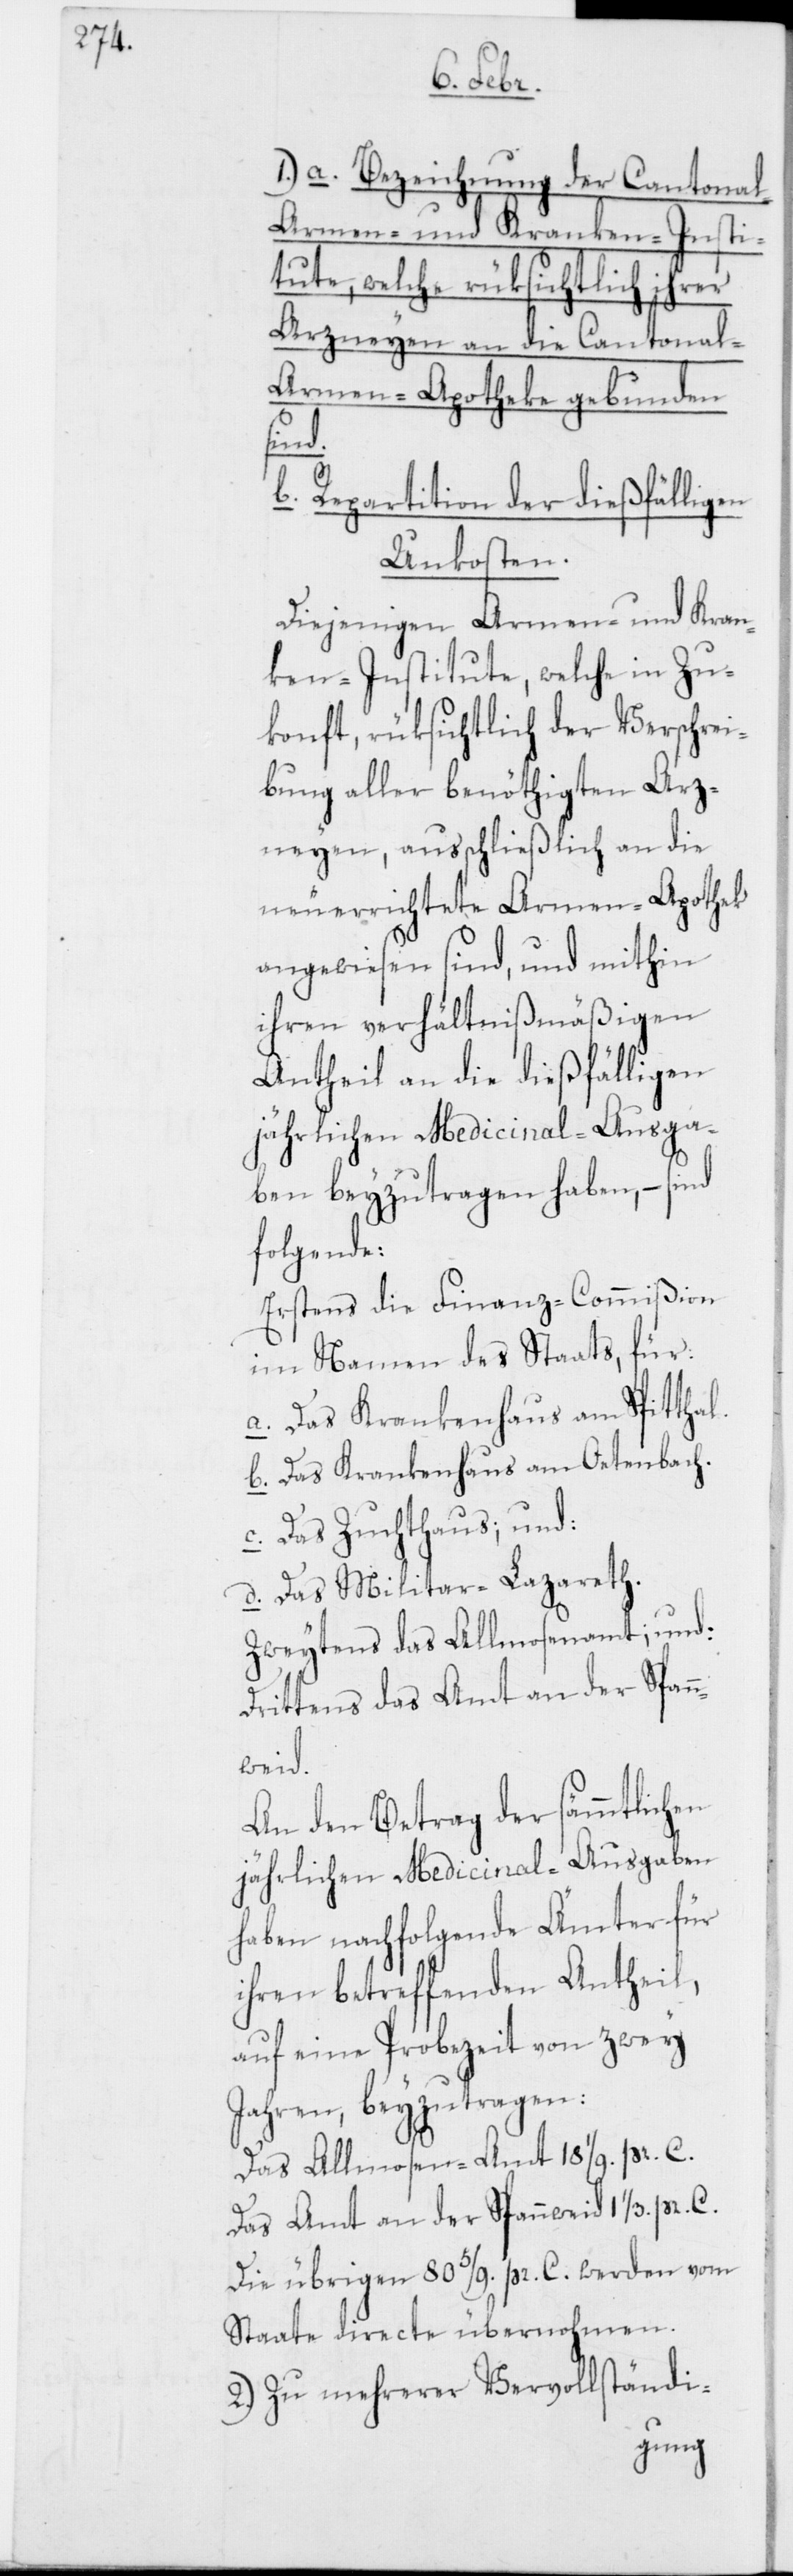
1.) a. Bezeichnung der Cantona¬
l-Armen- und Kranken-Insti¬
tute, welche rüksichtlich ihrer
Arzneyen an die Cantonal-A¬
rmen-Apotheke gebunden
sind.
b. Repartition der dießfälligen
Unkosten.
Diejenigen Armen- und Kran¬
ken-Institute, welche in Zu¬
konft, rüksichtlich der Verschrei¬
bung aller benöthigten Arz¬
neyen, ausschließlich an die
neuerrichtete Armen-Apothek
angewiesen sind, und mithin
ihren verhältnismäßigen
Antheil an die dießfälligen
jährlichen Medicinal-Ausga¬
ben beyzutragen haben, – sind
folgende:
Erstens die Finanz-Commißion
im Namen des Staats, für
a. Das Krankenhaus am Spitthal.
b. Das Krankenhaus am Oetenbach.
c. Das Zuchthaus; und
d. Das Militar-Lazareth.
Zweytens das Allmosenamt; und
Drittens das Amt an der Span¬
nweid.
An den Betrag der sämtlichen
jährlichen Medicinal-Ausgaben
haben nachfolgende Ämter für
ihren betreffenden Antheil,
auf eine Probezeit von zwey
Jahren, beyzutragen:
Das Allmosen-Amt 18 1/9. pr. C.
Das Amt an der Spannweid 1 1/3. pr.
Die übrigen 80 5/9. pr. C. werden vom
Staate directe übernohmen.
2.) Zu mehrerer Vervollständi-